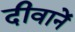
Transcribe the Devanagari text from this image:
दीवानें